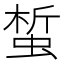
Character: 蜤